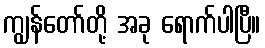
ကျွန်တော်တို့ အခု ရောက်ပါပြီ။